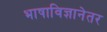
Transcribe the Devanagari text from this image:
भाषाविज्ञानेतर